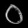
Digit: ၀